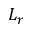
L _ { r }